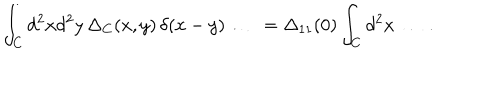
LaTeX: \int _ { C } d ^ { 2 } x d ^ { 2 } y \, \Delta _ { C } ( x , y ) \, \delta ( x - y ) \ldots \; \, = \Delta _ { 1 1 } ( 0 ) \int _ { C } d ^ { 2 } x \, \ldots \, .